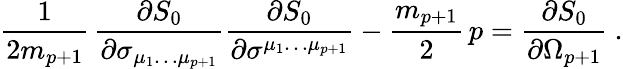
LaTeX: {\frac{1}{2m_{p+1}}}\, {\frac{\partial S_{0}}{\partial\sigma_{\mu_{1}\dots\mu_{p+1}}}}{\frac{\partial S_{0}}{\partial\sigma^{\mu_{1}\dots\mu_{p+1}}}}-\frac{m_{p+1}}{2}\, p={\frac{\partial S_{0}}{\partial\Omega_{p+1}}}\ .